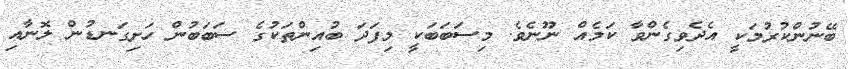
ބޭނުންކުރުމަކީ އެދެވިގެންވާ ކަމެއް ނޫނެވެ. މިސަބަބަކީ މިފަދަ ބުއިންތަކުގެ ސަބަބުން ހަށިގަނޑުން ލޮނާއި